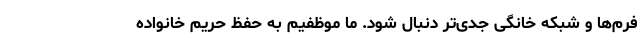
‌فرم‌ها و شبکه خانگی جدّی‌تر دنبال شود. ما موظفیم به حفظ حریم خانواده